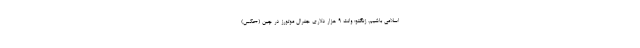
اسلامی باشیم. ژنگتو؛ وانت 9 هزار دلاری جنرال موتورز در چین (+عکس)